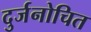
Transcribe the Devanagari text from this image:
दुर्जनोचित